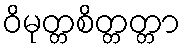
ဝိမုတ္တစိတ္တတ္တာ